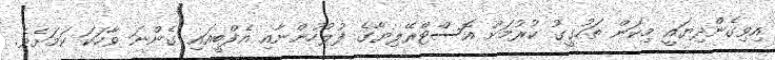
އިވިގެންދިޔައީ މިކަން ތަހުގީގު ކުރުމަށް އޮސްޓްރޭލިޔާގެ ފުލުހުންނާއި އެފްބީއައި ގެންނަ ވާހަކަ ކަމަށެވެ.